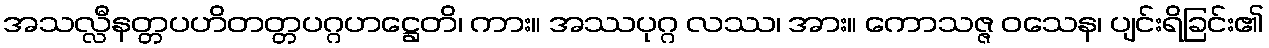
အသလ္လီနတ္တပဟိတတ္တပဂ္ဂဟဋ္ဌေတိ၊ ကား။ အဿပုဂ္ဂ လဿ၊ အား။ ကောသဇ္ဇ ဝသေန၊ ပျင်းရိခြင်း၏